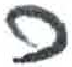
אות: כ